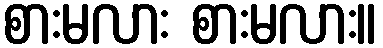
စားမလား စားမလား။